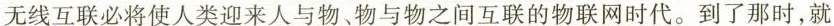
无线互联必将使人类迎来人与物物与物之间互联的物联网时代。到了那时，就